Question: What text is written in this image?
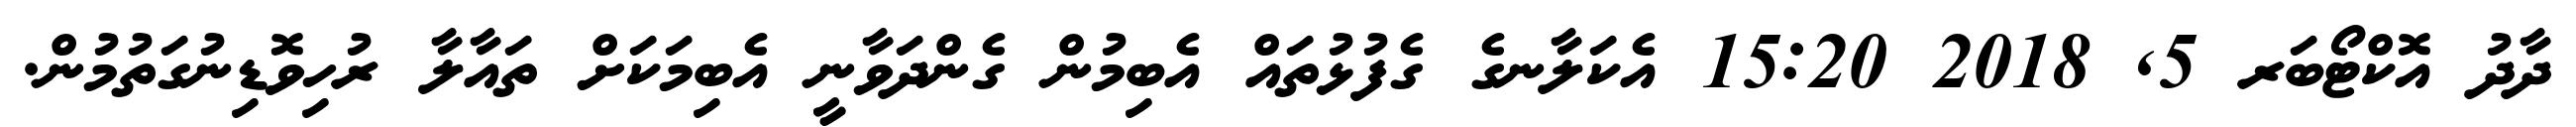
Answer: ދާދު އޮކްޓޯބަރ 5, 2018 15:20 އެކަލާނގެ ގެފުޅުތައް އެބިމުން ގެންދަވާނީ އެބިމަކަށް ތައާލާ ރުހިވޮޑިނުގަތުމުން.